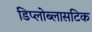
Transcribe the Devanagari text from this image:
डिप्लोब्लासटिक